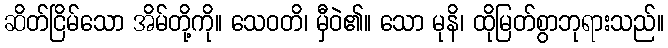
ဆိတ်ငြိမ်သော အိမ်တို့ကို။ သေဝတိ၊ မှီဝဲ၏။ သော မုနိ၊ ထိုမြတ်စွာဘုရားသည်။